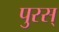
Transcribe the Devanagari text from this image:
पुरस्